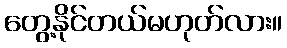
တွေ့နိုင်တယ်မဟုတ်လား။